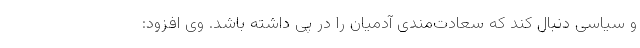
و سیاسی دنبال کند که سعادت‌مندی آدمیان را در پی داشته باشد. وی افزود: